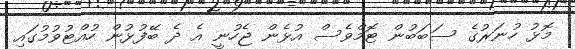
މޮޅު ހުނަރުގެ ސަބަބުން ޓޮމްވެސް އުޅެން ޖެހުނީ އެ ދެ ބޭފުޅުން ހުއްޓުވުމުގައި